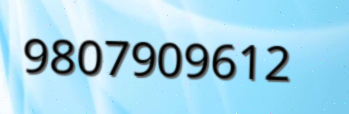
9807909612